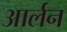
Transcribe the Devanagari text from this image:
आर्लन